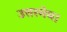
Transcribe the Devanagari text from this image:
उत्तरमेघ।